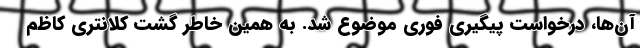
آن‌ها، درخواست پیگیری فوری موضوع شد. به همین خاطر گشت کلانتری کاظم